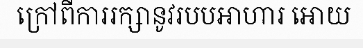
ក្រៅពីការរក្សានូវរបបអាហារ អោយ